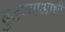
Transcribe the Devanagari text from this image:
बुडण्याआधी